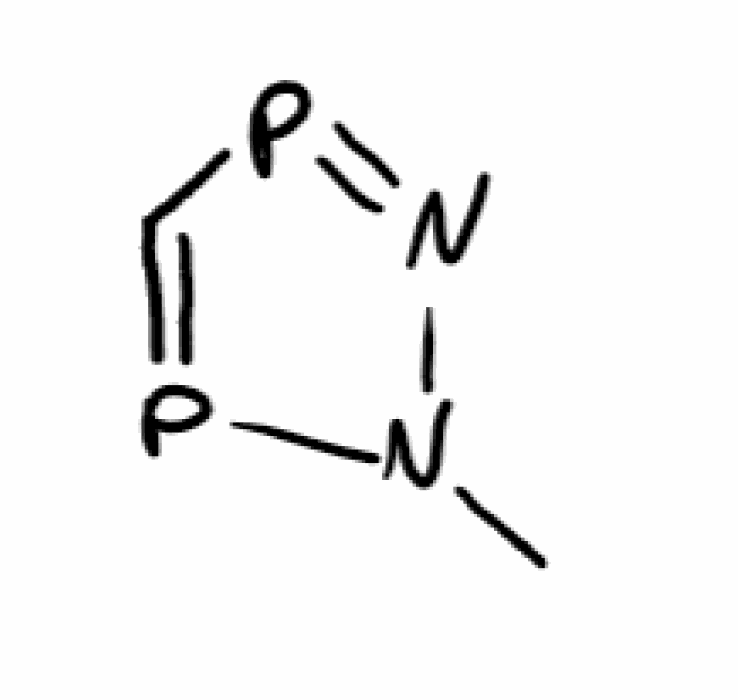
Simplified molecular-input line-entry system (SMILES) notation of the given molecule:
CN1N=PC=P1